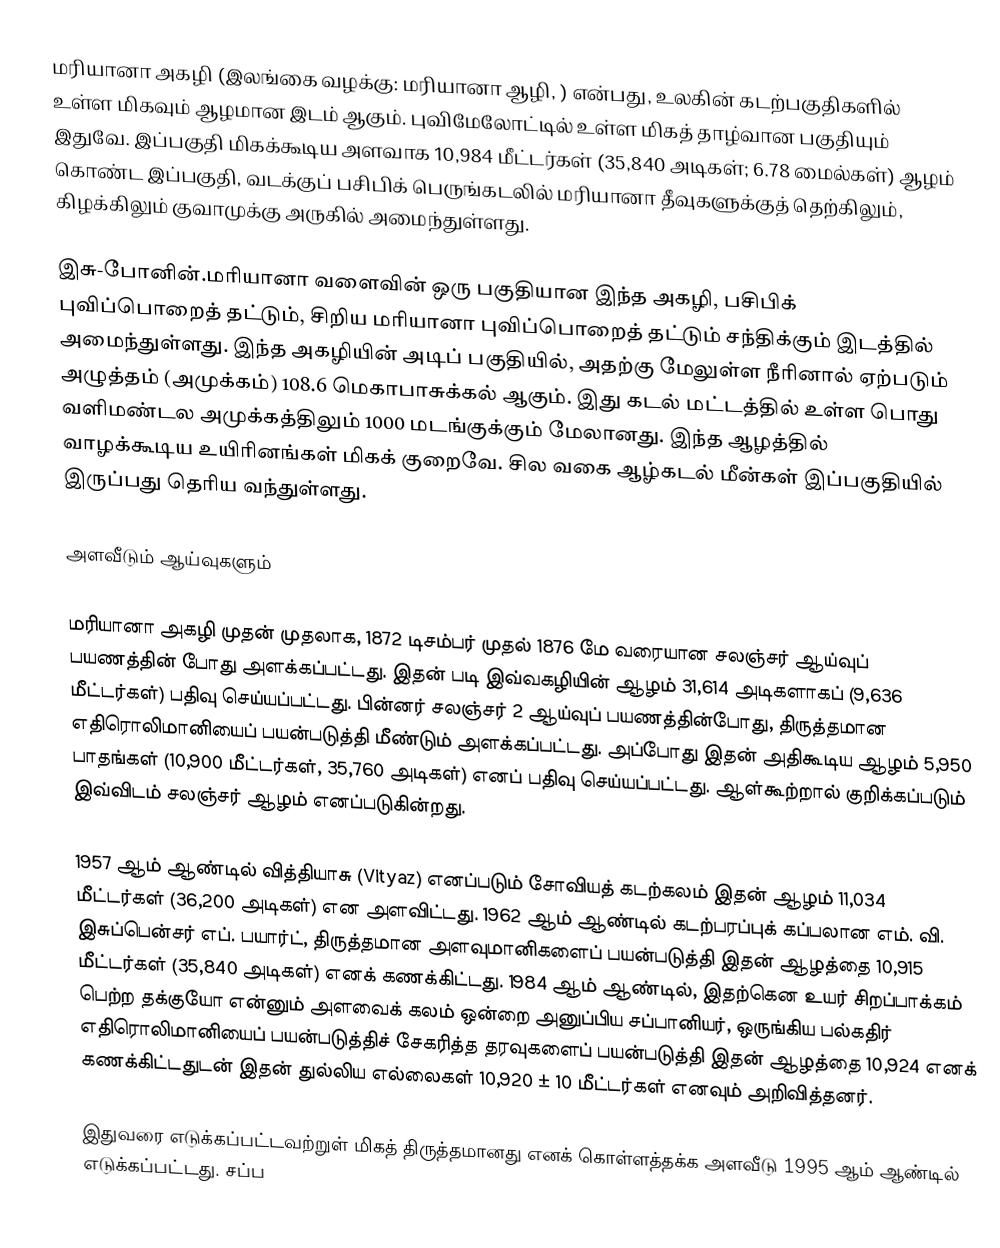
மரியானா அகழி (இலங்கை வழக்கு: மரியானா ஆழி, ) என்பது, உலகின் கடற்பகுதிகளில் உள்ள மிகவும் ஆழமான இடம் ஆகும். புவிமேலோட்டில் உள்ள மிகத் தாழ்வான பகுதியும் இதுவே. இப்பகுதி மிகக்கூடிய அளவாக 10,984 மீட்டர்கள் (35,840 அடிகள்; 6.78 மைல்கள்) ஆழம் கொண்ட இப்பகுதி, வடக்குப் பசிபிக் பெருங்கடலில் மரியானா தீவுகளுக்குத் தெற்கிலும், கிழக்கிலும் குவாமுக்கு அருகில் அமைந்துள்ளது.

இசு-போனின்.மரியானா வளைவின் ஒரு பகுதியான இந்த அகழி, பசிபிக் புவிப்பொறைத் தட்டும், சிறிய மரியானா புவிப்பொறைத் தட்டும் சந்திக்கும் இடத்தில் அமைந்துள்ளது. இந்த அகழியின் அடிப் பகுதியில், அதற்கு மேலுள்ள நீரினால் ஏற்படும் அழுத்தம் (அமுக்கம்) 108.6 மெகாபாசுக்கல் ஆகும். இது கடல் மட்டத்தில் உள்ள பொது வளிமண்டல அமுக்கத்திலும் 1000 மடங்குக்கும் மேலானது. இந்த ஆழத்தில் வாழக்கூடிய உயிரினங்கள் மிகக் குறைவே. சில வகை ஆழ்கடல் மீன்கள் இப்பகுதியில் இருப்பது தெரிய வந்துள்ளது.

அளவீடும் ஆய்வுகளும்

மரியானா அகழி முதன் முதலாக, 1872 டிசம்பர் முதல் 1876 மே வரையான சலஞ்சர் ஆய்வுப் பயணத்தின் போது அளக்கப்பட்டது. இதன் படி இவ்வகழியின் ஆழம் 31,614 அடிகளாகப் (9,636 மீட்டர்கள்) பதிவு செய்யப்பட்டது. பின்னர் சலஞ்சர் 2 ஆய்வுப் பயணத்தின்போது, திருத்தமான எதிரொலிமானியைப் பயன்படுத்தி மீண்டும் அளக்கப்பட்டது. அப்போது இதன் அதிகூடிய ஆழம் 5,950 பாதங்கள் (10,900 மீட்டர்கள், 35,760 அடிகள்) எனப் பதிவு செய்யப்பட்டது.  ஆள்கூற்றால் குறிக்கப்படும் இவ்விடம் சலஞ்சர் ஆழம் எனப்படுகின்றது.

1957 ஆம் ஆண்டில் வித்தியாசு (Vityaz) எனப்படும் சோவியத் கடற்கலம் இதன் ஆழம் 11,034 மீட்டர்கள் (36,200 அடிகள்) என அளவிட்டது. 1962 ஆம் ஆண்டில் கடற்பரப்புக் கப்பலான எம். வி. இசுப்பென்சர் எப். பயார்ட், திருத்தமான அளவுமானிகளைப் பயன்படுத்தி இதன் ஆழத்தை 10,915 மீட்டர்கள் (35,840 அடிகள்) எனக் கணக்கிட்டது. 1984 ஆம் ஆண்டில், இதற்கென உயர் சிறப்பாக்கம் பெற்ற தக்குயோ என்னும் அளவைக் கலம் ஒன்றை அனுப்பிய சப்பானியர், ஒருங்கிய பல்கதிர் எதிரொலிமானியைப் பயன்படுத்திச் சேகரித்த தரவுகளைப் பயன்படுத்தி இதன் ஆழத்தை 10,924 எனக் கணக்கிட்டதுடன் இதன் துல்லிய எல்லைகள் 10,920 ± 10 மீட்டர்கள் எனவும் அறிவித்தனர்.

இதுவரை எடுக்கப்பட்டவற்றுள் மிகத் திருத்தமானது எனக் கொள்ளத்தக்க அளவீடு 1995 ஆம் ஆண்டில் எடுக்கப்பட்டது. சப்ப